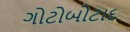
ગોટોબોટાદ